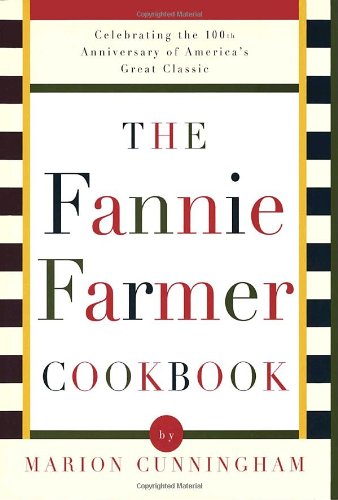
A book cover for The Fannie Farmer Cookbook: Anniversary; Marion Cunningham; Cookbooks, Food & Wine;